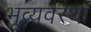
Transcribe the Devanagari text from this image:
भूव्यवस्था